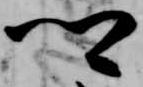
卿